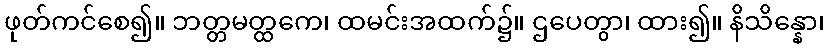
ဖုတ်ကင်စေ၍။ ဘတ္တမတ္ထကေ၊ ထမင်းအထက်၌။ ဌပေတွာ၊ ထား၍။ နိသိန္နော၊